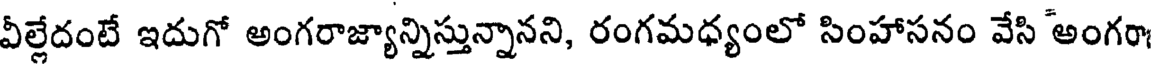
వీల్లేదంటే ఇదుగో అంగరాజ్యాన్నిస్తున్నానని, రంగమధ్యంలో సింహాసనం వేసి అంగరా